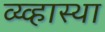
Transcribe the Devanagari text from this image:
व्य्व्हास्था